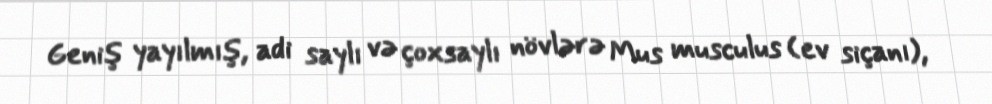
Geniş yayılmış, adi saylı və çoxsaylı növlərə Mus musculus (ev siçanı),